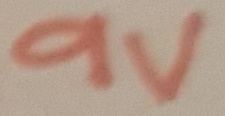
Text: 9V